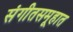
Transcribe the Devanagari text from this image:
संगीतसमूहात